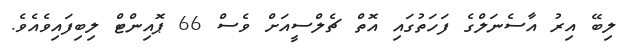
ލިބޭ އިރު އާސެނަލްގެ ފަހަތުގައި އޮތް ޗެލްސީއަށް ވެސް 66 ޕޮއިންޓް ލިބިފައިވެއެވެ.